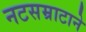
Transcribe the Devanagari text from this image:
नटसम्राटाने